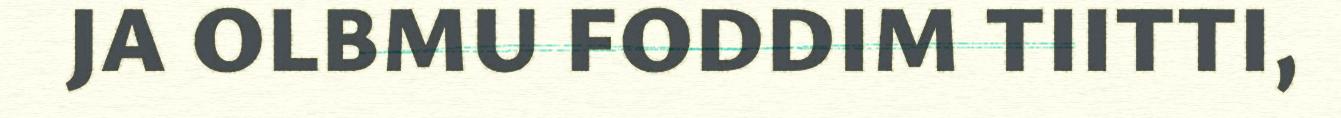
JA OLBMU FODDIM TIITTI,